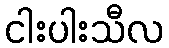
ငါးပါးသီလ